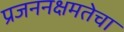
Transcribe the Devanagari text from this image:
प्रजननक्षमतेचा